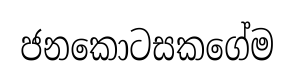
ජනකොටසකගේම